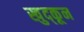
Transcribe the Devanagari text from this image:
खुद्कून